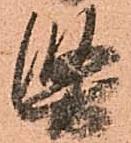
堅